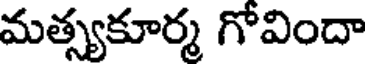
మత్స్యకూర్మ గోవిందా